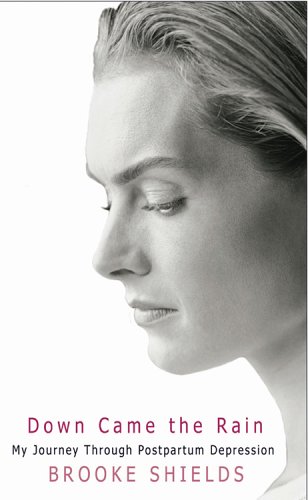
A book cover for Down Came the Rain: My Journey Through Postpartum Depression; Brooke Shields; Health, Fitness & Dieting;